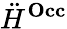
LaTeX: \ddot{H}^{\mathbf{Occ}}